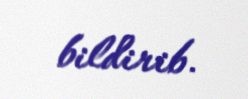
bildirib.